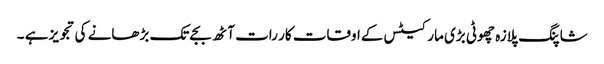
شاپنگ پلازہ چھوٹی بڑی مارکیٹس کےاوقات کار رات آٹھ بجےتک بڑھانے کی تجویز ہے ۔